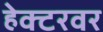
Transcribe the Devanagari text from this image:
हेक्टरवर